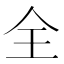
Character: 全